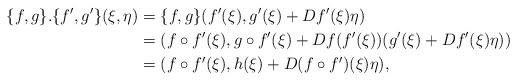
LaTeX: \begin{align*}\{f,g\}.\{f',g'\}(\xi,\eta)&=\{f,g\}(f'(\xi),g'(\xi)+Df'(\xi)\eta)\\*&=(f\circ f'(\xi),g\circ f'(\xi)+Df(f'(\xi))(g'(\xi)+Df'(\xi)\eta))\\*&=(f\circ f'(\xi),h(\xi)+D(f\circ f')(\xi)\eta),\end{align*}